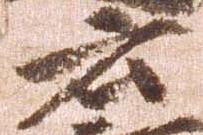
云